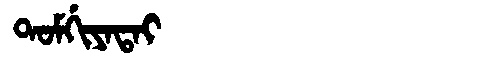
Manchu: ᡨᠣᠮᡤᡳᠶᠠᡨᠠᡳ
Romanization: TOMGIYATAI